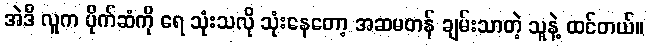
အဲဒီ လူက ပိုက်ဆံကို ရေ သုံးသလို သုံးနေတော့ အဆမတန် ချမ်းသာတဲ့ သူနဲ့ ထင်တယ်။